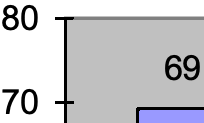
80 69 70